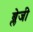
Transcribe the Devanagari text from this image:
ब्लेजी